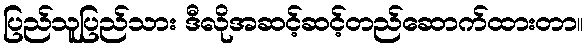
ပြည်သူပြည်သား ဒီလိုအဆင့်ဆင့်တည်ဆောက်ထားတာ။